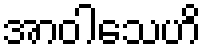
အာဝါသေဟိ